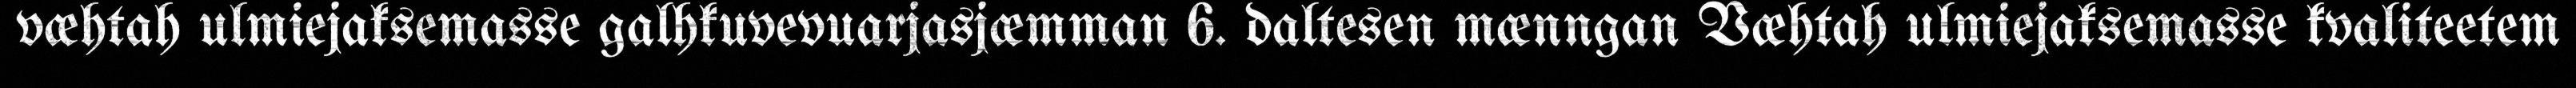
væhtah ulmiejaksemasse galhkuvevuarjasjæmman 6. daltesen mænngan Væhtah ulmiejaksemasse kvaliteetem